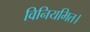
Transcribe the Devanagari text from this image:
विनियमित।